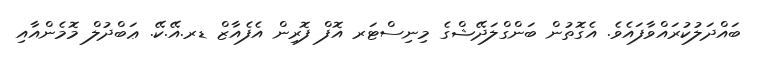
ބައްދަލުކުރައްވާފައެވެ. އެގޮތުން ބަންގްލަދޭޝްގެ މިނިސްޓަރ އޮފް ފޮރިން އެފެއާޒް ޑރ.އޭ.ކޭ. ޢަބްދުލް މޮމެންއާއި